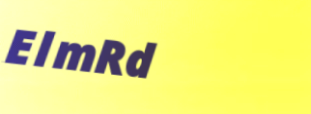
ElmRd